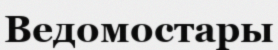
Ведомостары